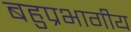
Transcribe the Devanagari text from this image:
बहुप्रभागीय